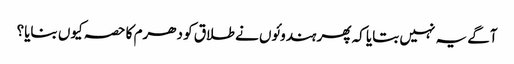
آگے یہ نہیں بتایا کہ پھر ہندوئوں نے طلاق کو دھرم کا حصہ کیوں بنایا؟